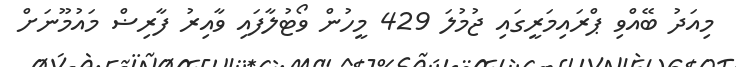
މިއަދު ބޭއްވި ޕްރައިމަރީގައި ޖުމުލަ 429 މީހުން ވޯޓުލާފައި ވާއިރު ފާރިޟް މައުމޫނަށް